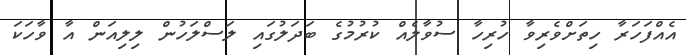
އެއްފަހަރާ ހިތަށްވެރިވާ ހުރިހާ ސުވާލެއް ކުރުމުގެ ބަދަލުގައި ލަސްލަހުން ލިލިއަން އާ ވާހަކަ